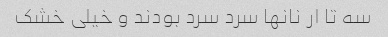
سه تا ار نانها سرد سرد بودند و خیلی خشک